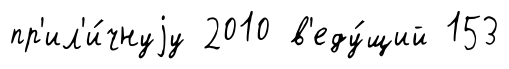
пр'ил'и́чнуjу 2010 в'еду́щий 153